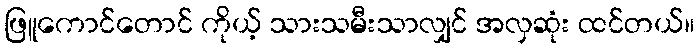
ဖြူကောင်တောင် ကိုယ့် သားသမီးသာလျှင် အလှဆုံး ထင်တယ်။